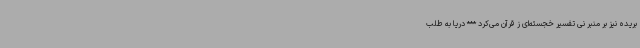
بریده نیز بر منبر نی تفسیر خجسته‌ای ز قرآن می‌کرد *** دریا به طلب